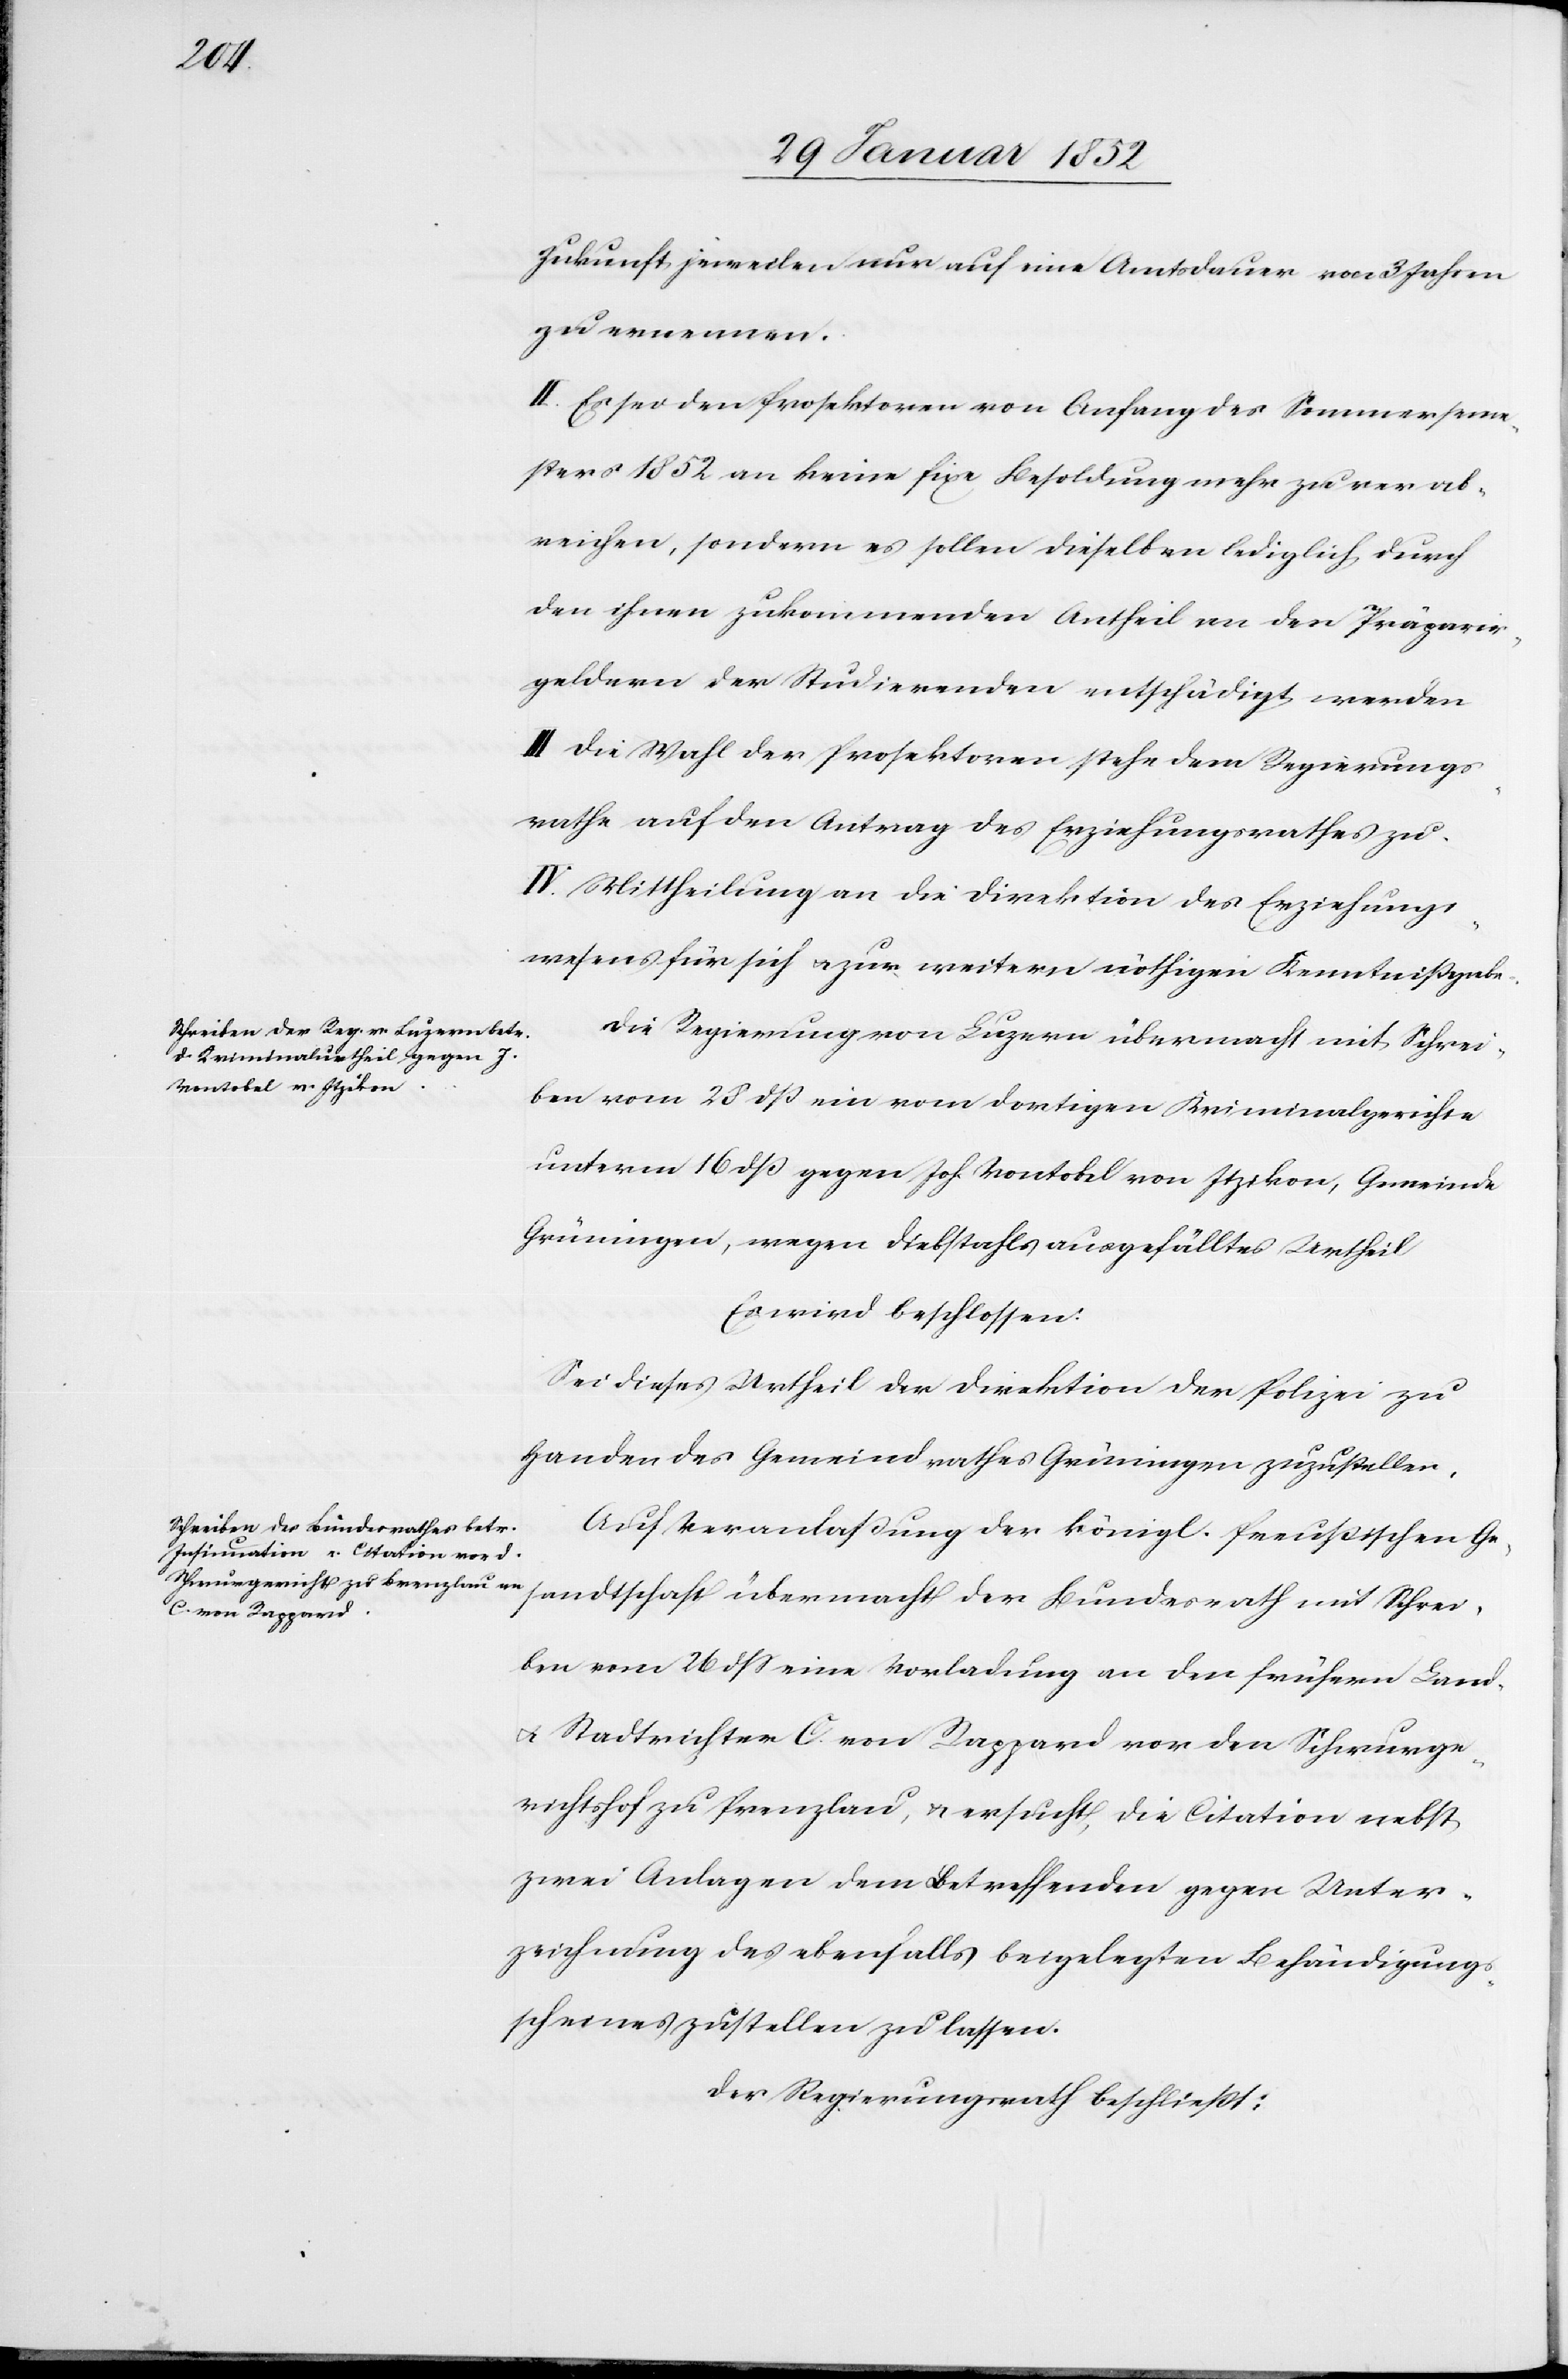
Schr¬

Zukunft, jeweilen nur auf eine Amtsdauer von 3 Jahren
zu ernennen.
II. Es sei den Prosektoren von Anfang des Sommerseme¬
sters 1852 an keine fixe Besoldung mehr zu verab¬
reichen, sondern es sollen dieselben lediglich durch
den ihnen zukommenden Antheil an den Präparir¬
geldern der Studirenden entschädigt werden.
III. Die Wahl der Prosektoren stehe dem Regierungs¬
rathe auf den Antrag des Erziehungsrathes zu.
IV. Mittheilung an die Direktion des Erziehungs¬
wesens für sich u. zur weitern nöthigen Kenntnißgabe.
Die Regierung von Luzern übermacht mit Schrei¬
ben vom 28 dß ein vom dortigen Kriminalgerichte
unterm 15 dß gegen Joh. Vontobel von Itzikon, Gemeinde
Grüningen, wegen Diebstahls ausgefälltes Urtheil.
Es wird beschlossen:
Sei dieses Urtheil der Direktion der Polizei zu
Handen des Gemeindrathes Grüningen zuzustellen.
Auf Veranlaßung der königl. Preußischen Ge¬
eiben vom 26 dß eine Vorladung an den frühern Land-
u. Stadtrichter C. von Rappard vor den Schwurge¬
richtshof zu Prenzlau, u. ersucht, die Citation nebst
zwei Anlagen dem Betreffenden gegen Unter¬
zeichnung des ebenfalls beigelegten Behändigungs¬
scheines zustellen zu lassen.
Der Regierungsrath beschließt: